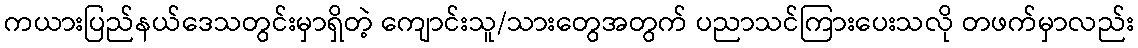
ကယားပြည်နယ်ဒေသတွင်းမှာရှိတဲ့ ကျောင်းသူ/သားတွေအတွက် ပညာသင်ကြားပေးသလို တဖက်မှာလည်း